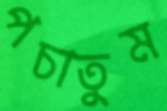
পচাতুম